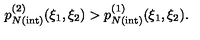
p _ { N { \mathrm { ( i n t ) } } } ^ { ( 2 ) } ( \xi _ { 1 } , \xi _ { 2 } ) > p _ { N { \mathrm { ( i n t ) } } } ^ { ( 1 ) } ( \xi _ { 1 } , \xi _ { 2 } ) .